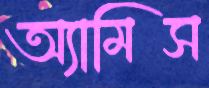
অ্যামিস